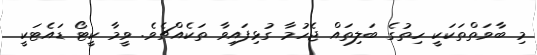
މި ބާވަތްތަކަކީ ހިތުގެ ބަލިތައް ޖެހުމާ ގުޅިފައިވާ ތަކެއްޗެވެ. ވީމާ ކީޓޯ ޑައެޓަކީ